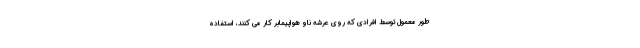
طور معمول توسط افرادی که روی عرشه ناو هواپیمابر کار می کنند، استفاده